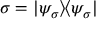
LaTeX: \sigma = | \psi _ { \sigma } \rangle \! \langle \psi _ { \sigma } |